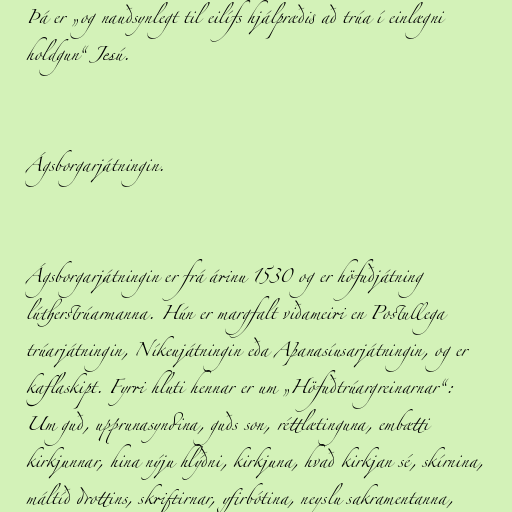
Þá er „og nauðsynlegt til eilífs hjálpræðis að trúa í einlægni
holdgun“ Jesú.

Ágsborgarjátningin.

Ágsborgarjátningin er frá árinu 1530 og er höfuðjátning
lútherstrúarmanna. Hún er margfalt viðameiri en Postullega
trúarjátningin, Níkeujátningin eða Aþanasíusarjátningin, og er
kaflaskipt. Fyrri hluti hennar er um „Höfuðtrúargreinarnar“:
Um guð, upprunasyndina, guðs son, réttlætinguna, embætti
kirkjunnar, hina nýju hlýðni, kirkjuna, hvað kirkjan sé, skírnina,
máltíð drottins, skriftirnar, yfirbótina, neyslu sakramentanna,